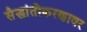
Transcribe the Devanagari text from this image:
सैद्धांतीकरणावर